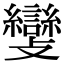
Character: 𣀵